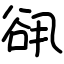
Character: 谻